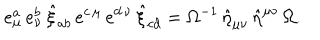
LaTeX: e _ { \mu } ^ { a } \, e _ { \nu } ^ { b } \, \hat { \xi } _ { a b } \, e ^ { c \, \mu } \, e ^ { d \, \nu } \, \hat { \xi } _ { c d } = \Omega ^ { - 1 } \, \hat { \eta } _ { \mu \nu } \, \hat { \eta } ^ { \mu \nu } \, \Omega .